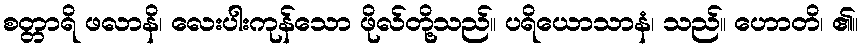
စတ္တာရိ ဖလာနိ၊ လေးပါးကုန်သော ဖိုလ်တို့သည်။ ပရိယောသာနံ၊ သည်။ ဟောတိ၊ ၏။